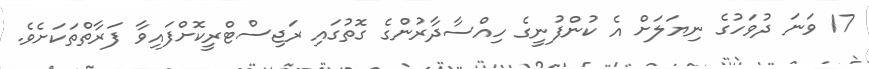
17 ވަނަ ދުވަހުގެ ނިޔަލަށް އެ ކުންފުނީގެ ހިއްސާދާރުންގެ ގޮތުގައި ރަޖިސްޓްރީކޮށްފައިވާ ފަރާތްތަކަށެވެ.